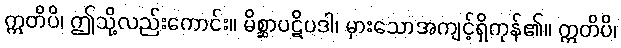
ဣတိပိ၊ ဤသို့လည်းကောင်း။ မိစ္ဆာပဋိပဒါ၊ မှားသောအကျင့်ရှိကုန်၏။ ဣတိပိ၊